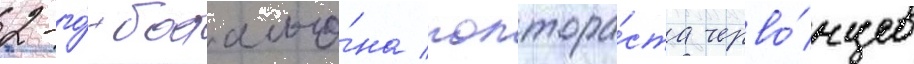
2-го́ батальо́на полтора́ста черво́нцев